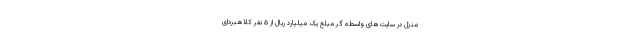
منزل در سایت‌های واسطه گر مبلغ یک میلیارد ریال از ۵ نفر کلاهبردای